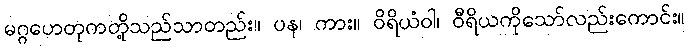
မဂ္ဂဟေတုကတို့သည်သာတည်း။ ပန၊ ကား။ ဝိရိယံဝါ၊ ဝီရိယကိုသော်လည်းကောင်း။